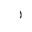
Letter: _alif